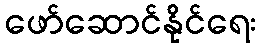
ဖော်ဆောင်နိုင်ရေး